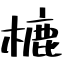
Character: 樚